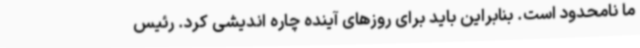
ما نامحدود است. بنابراین باید برای روزهای آینده چاره اندیشی کرد. رئیس